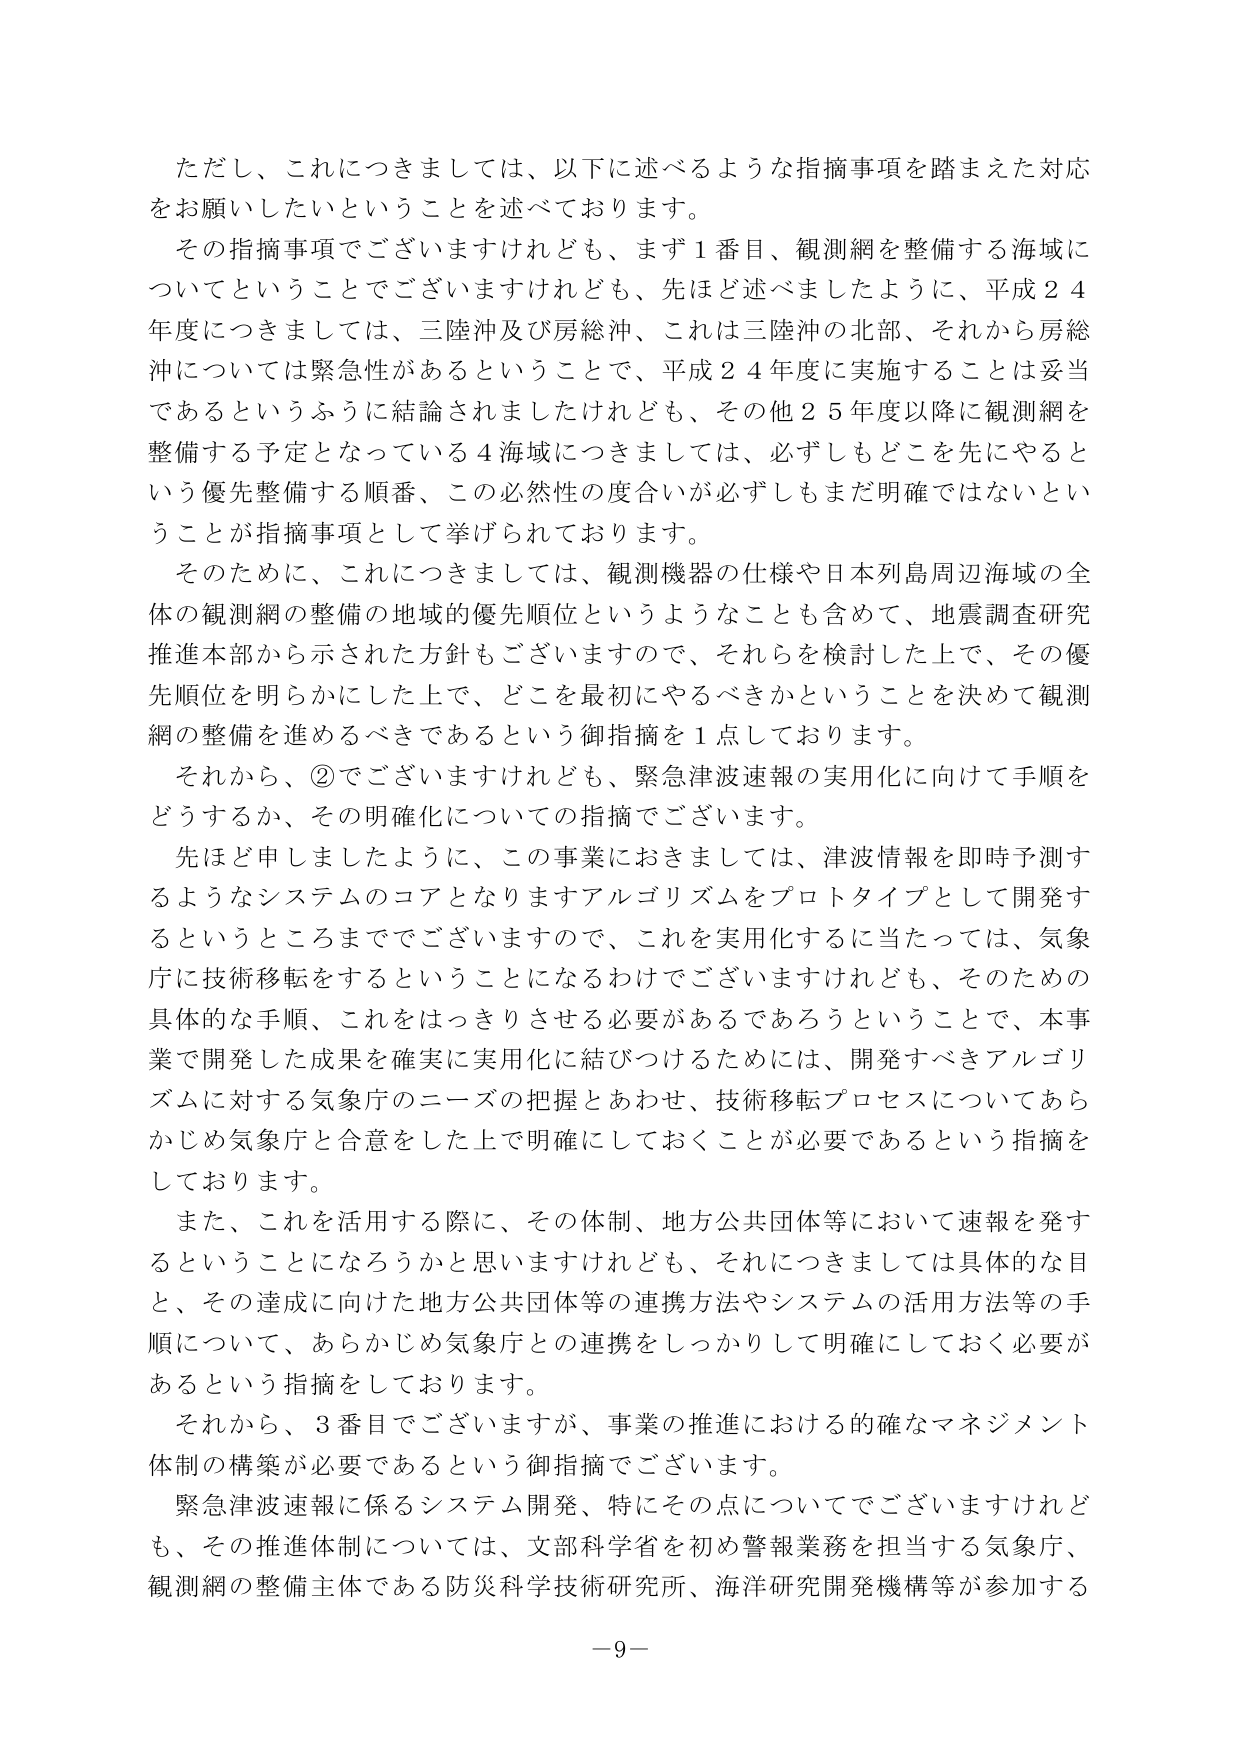
ただし、これにつきましては、以下に述べるような指摘事項を踏まえた対応をお願いしたいということを述べております。

その指摘事項でございますけれども、まず１番目、観測網を整備する海域についてということでございますけれども、先ほど述べましたように、平成２４年度につきましては、三陸沖及び房総沖、これは三陸沖の北部、それから房総沖については緊急性があるということで、平成２４年度に実施することは妥当であるというふうに結論されましたけれども、その他２５年度以降に観測網を整備する予定となっている４海域につきましては、必ずしもどこを先にやるという優先整備する順番、この必然性の度合いが必ずしもまだ明確ではないということが指摘事項として挙げられております。

そのために、これにつきましては、観測機器の仕様や日本列島周辺海域の全体の観測網の整備の地域的優先順位というようなことも含めて、地震調査研究推進本部から示された方針もございますので、それらを検討した上で、その優先順位を明らかにした上で、どこを最初にやるべきかということを決めて観測網の整備を進めるべきであるという御指摘を１点しております。

それから、②でございますけれども、緊急津波速報の実用化に向けて手順をどうするか、その明確化についての指摘でございます。

先ほど申しましたように、この事業におきましては、津波情報を即時予測するようなシステムのコアとなりますアルゴリズムをプロトタイプとして開発するというところまででございますので、これを実用化するに当たっては、気象庁に技術移転をするということになるわけでございますけれども、そのための具体的な手順、これをはっきりさせる必要があるであろうということで、本事業で開発した成果を確実に実用化に結びつけるためには、開発すべきアルゴリズムに対する気象庁のニーズの把握とあわせ、技術移転プロセスについてあらかじめ気象庁と合意をした上で明確にしておくことが必要であるという指摘をしております。

また、これを活用する際に、その体制、地方公共団体等において速報を発するということになろうかと思いますけれども、それにつきましては具体的な目と、その達成に向けた地方公共団体等の連携方法やシステムの活用方法等の手順について、あらかじめ気象庁との連携をしっかりして明確にしておく必要があるという指摘をしております。

それから、３番目でございますが、事業の推進における的確なマネジメント体制の構築が必要であるという御指摘でございます。

緊急津波速報に係るシステム開発、特にその点についてでございますけれども、その推進体制については、文部科学省を初め警報業務を担当する気象庁、観測網の整備主体である防災科学技術研究所、海洋研究開発機構等が参加する

－９－